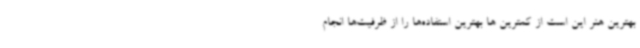
بهترین هنر این است از کمترین ها بهترین استفاده‌ها را از ظرفیت‌ها انجام